Plague in India, 1896, 1897 - Volume 1
Year: 1896
Disease focus: Plague
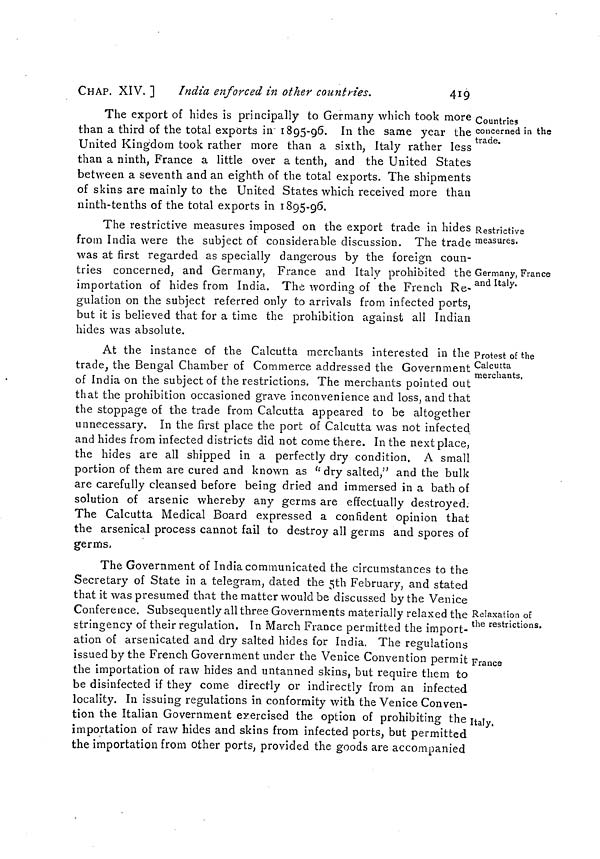
CHAP. XIV. 1
India enforced in other countries.
419
Countries
concerned in the
trade.
The export of hides is principally to Germany which took more
than a third of the total exports in 1895-96. In the same year the
United Kingdom took rather more than a sixth, Italy rather less
than a ninth, France a little over a tenth, and the United States
between a seventh and an eighth of the total exports. The shipments
of skins are mainly to the United States which received more than
ninth-tenths of the total exports in 1895-96.
Restrictive
measures.
The restrictive measures imposed on the export trade in hides
from India were the subject of considerable discussion. The trade
was at first regarded as specially dangerous by the foreign coun-
Germany, France
and Italy.
tries concerned, and Germany, France and Italy prohibited the
importation of hides from India. The wording of the French Re-
gulation on the subject referred only to arrivals from infected ports,
but it is believed that for a time the prohibition against all Indian
hides was absolute.
Protest of the
Calcutta
merchants.
At the instance of the Calcutta merchants interested in the
trade, the Bengal Chamber of Commerce addressed the Government
of India on the subject of the restrictions. The merchants pointed out
that the prohibition occasioned grave inconvenience and loss, and that
the stoppage of the trade from Calcutta appeared to be altogether
unnecessary. In the first place the port of Calcutta was not infected
and hides from infected districts did not come there. In the next place,
the hides are all shipped in a perfectly dry condition. A small
portion of them are cured and known as " dry salted," and the bulk
are carefully cleansed before being dried and immersed in a bath of
solution of arsenic whereby any germs are effectually destroyed.
The Calcutta Medical Board expressed a confident opinion that
the arsenical process cannot fail to destroy all germs and spores of
germs,
Relaxation of
the restrictions.
The Government of India communicated the circumstances to the
Secretary of State in a telegram, dated the 5th February, and stated
that it was presumed that the matter would be discussed by the Venice
Conference. Subsequently all three Governments materially relaxed the :
stringency of their regulation. In March France permitted the import- 1
ation of arsenicated and dry salted hides for India. The regulations
France
issued by the French Government under the Venice Convention permit ]
the importation of raw hides and untanned skins, but require them to
be disinfected if they come directly or indirectly from an infected
locality. In issuing regulations in conformity with the Venice Conven-
ItaJy,
tion the Italian Government exercised the option of prohibiting the
importation of raw hides and skins from infected ports, but permitted
the importation from other ports, provided the goods are accompanied